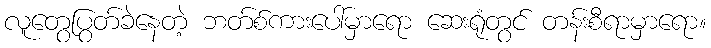
လူတွေပြွတ်ခဲနေတဲ့ ဘတ်စ်ကားပေါ်မှာရော ဆေးရုံတွင် တန်းစီရာမှာရော။